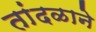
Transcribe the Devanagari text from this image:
तांदळाने